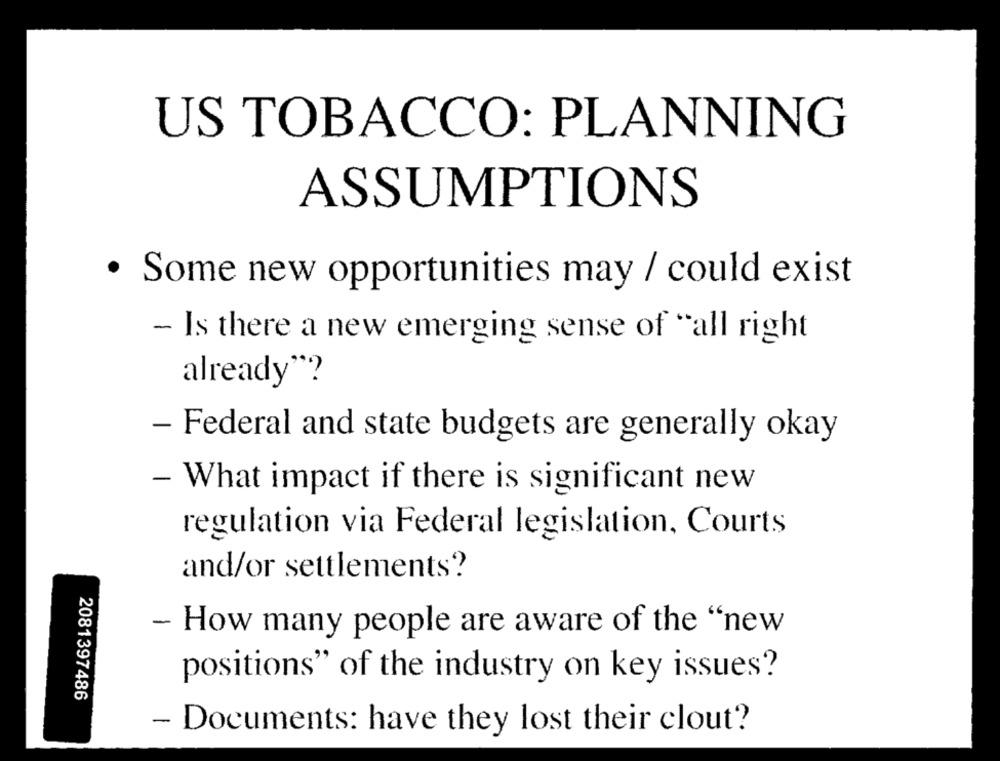
US TOBACCO: PLANNING
ASSUMPTIONS
· Some new opportunities may / could exist
- Is there a new emerging sense of "all right
already"?
- Federal and state budgets are generally okay
- What impact if there is significant new
regulation via Federal legislation, Courts
and/or settlements?
- How many people are aware of the "new
positions" of the industry on key issues?
2081397486
- Documents: have they lost their clout?